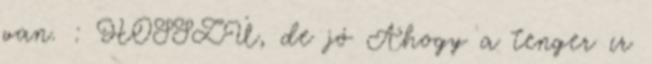
van. : HOSSZÚ, de jó Ahogy a tenger ír